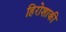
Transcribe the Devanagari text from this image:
हिरोशाकी